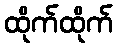
ထိုက်ထိုက်